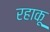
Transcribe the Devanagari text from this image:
रहाकू